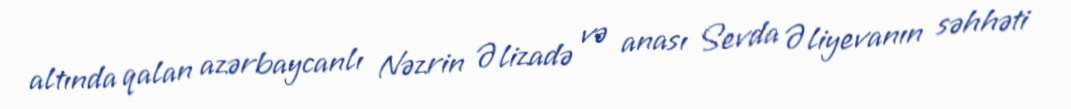
altında qalan azərbaycanlı Nəzrin Əlizadə və anası Sevda Əliyevanın səhhəti